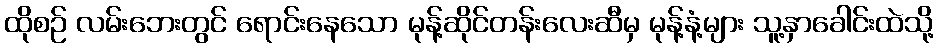
ထိုစဉ် လမ်းဘေးတွင် ရောင်းနေသော မုန့်ဆိုင်တန်းလေးဆီမှ မုန့်နံ့များ သူ့နှာခေါင်းထဲသို့